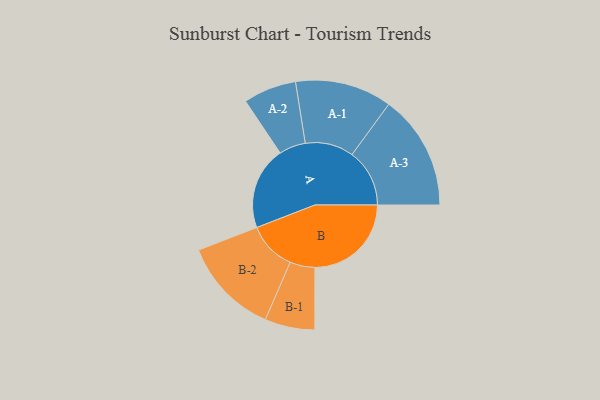
{"axis": {"x": "Segment", "y": "Value"}, "legend": ["", "A", "B"], "data": [{"x": "A", "y": 371, "type": ""}, {"x": "B", "y": 432, "type": ""}, {"x": "A-1", "y": 217, "type": "A"}, {"x": "A-2", "y": 119, "type": "A"}, {"x": "A-3", "y": 258, "type": "A"}, {"x": "B-1", "y": 112, "type": "B"}, {"x": "B-2", "y": 218, "type": "B"}]}